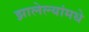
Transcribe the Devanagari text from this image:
झालेल्यांमधे